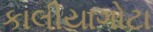
કાલીયાગોટા